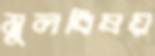
মূলবিষয়